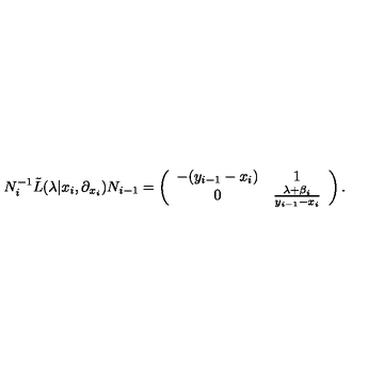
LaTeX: N _ { i } ^ { - 1 } { \tilde { L } } ( \lambda | x _ { i } , \partial _ { x _ { i } } ) N _ { i - 1 } = \left( \begin{array} { c c } { - ( y _ { i - 1 } - x _ { i } ) } & { 1 } \\ { 0 } & { \frac { \lambda + \beta _ { i } } { y _ { i - 1 } - x _ { i } } } \\ \end{array} \right) .